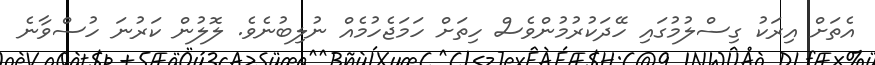
އެތަށް އިރަކު ގިސްލުމުގައި ހޭދަކުރުމުންވެސް ހިތަށް ހަމަޖެހުމެއް ނުލިބުނެވެ. ލޮލުން ކަރުނަ ހުސްވާނެ